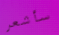
سأشعر